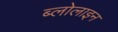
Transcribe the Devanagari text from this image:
ब्लोलाइन